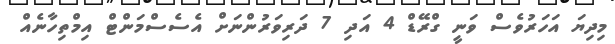
މިދިޔަ އަހަރުވެސް ވަނީ ގްރޭޑް 4 އަދި 7 ދަރިވަރުންނަށް އެސެސްމަންޓް އިމްތިހާނެއް